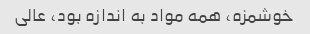
خوشمزه، همه مواد به اندازه بود، عالی